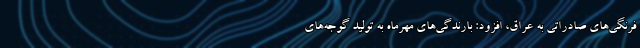
فرنگی‌های صادراتی به عراق، افزود: بارندگی‌های مهرماه به تولید گوجه‌های